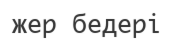
жер бедері